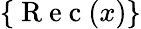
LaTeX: \{ \mathrm{~R~e~c~}(x)\}